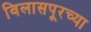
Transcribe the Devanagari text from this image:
विलासपूरच्या